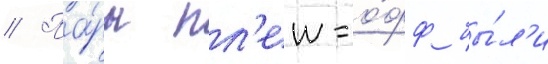
// Па́ры пл'еи-о́фф бы́л'и